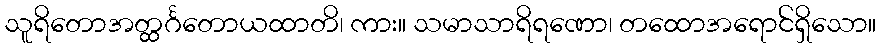
သူရိတောအတ္ထင်္ဂတောယထာတိ၊ ကား။ သမာသာရိရဏော၊ တထောအရောင်ရှိသော။